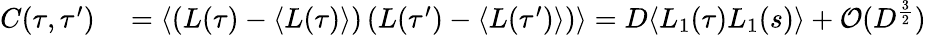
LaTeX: \begin{array}{rl}{C(\tau,\tau^{\prime})}&{{}=\langle\left(L(\tau)-\langle L(\tau)\rangle\right)\left(L(\tau^{\prime})-\langle L(\tau^{\prime})\rangle\right)\rangle=D\langle L_{1}(\tau)L_{1}(s)\rangle+\mathcal{O}(D^{\frac{3}{2}})}\end{array}